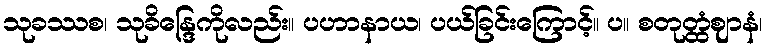
သုခဿစ၊ သုခိန္ဒြေကိုလည်း။ ပဟာနာယ၊ ပယ်ခြင်းကြောင့်။ ပ။ စတုတ္ထံဈာနံ၊